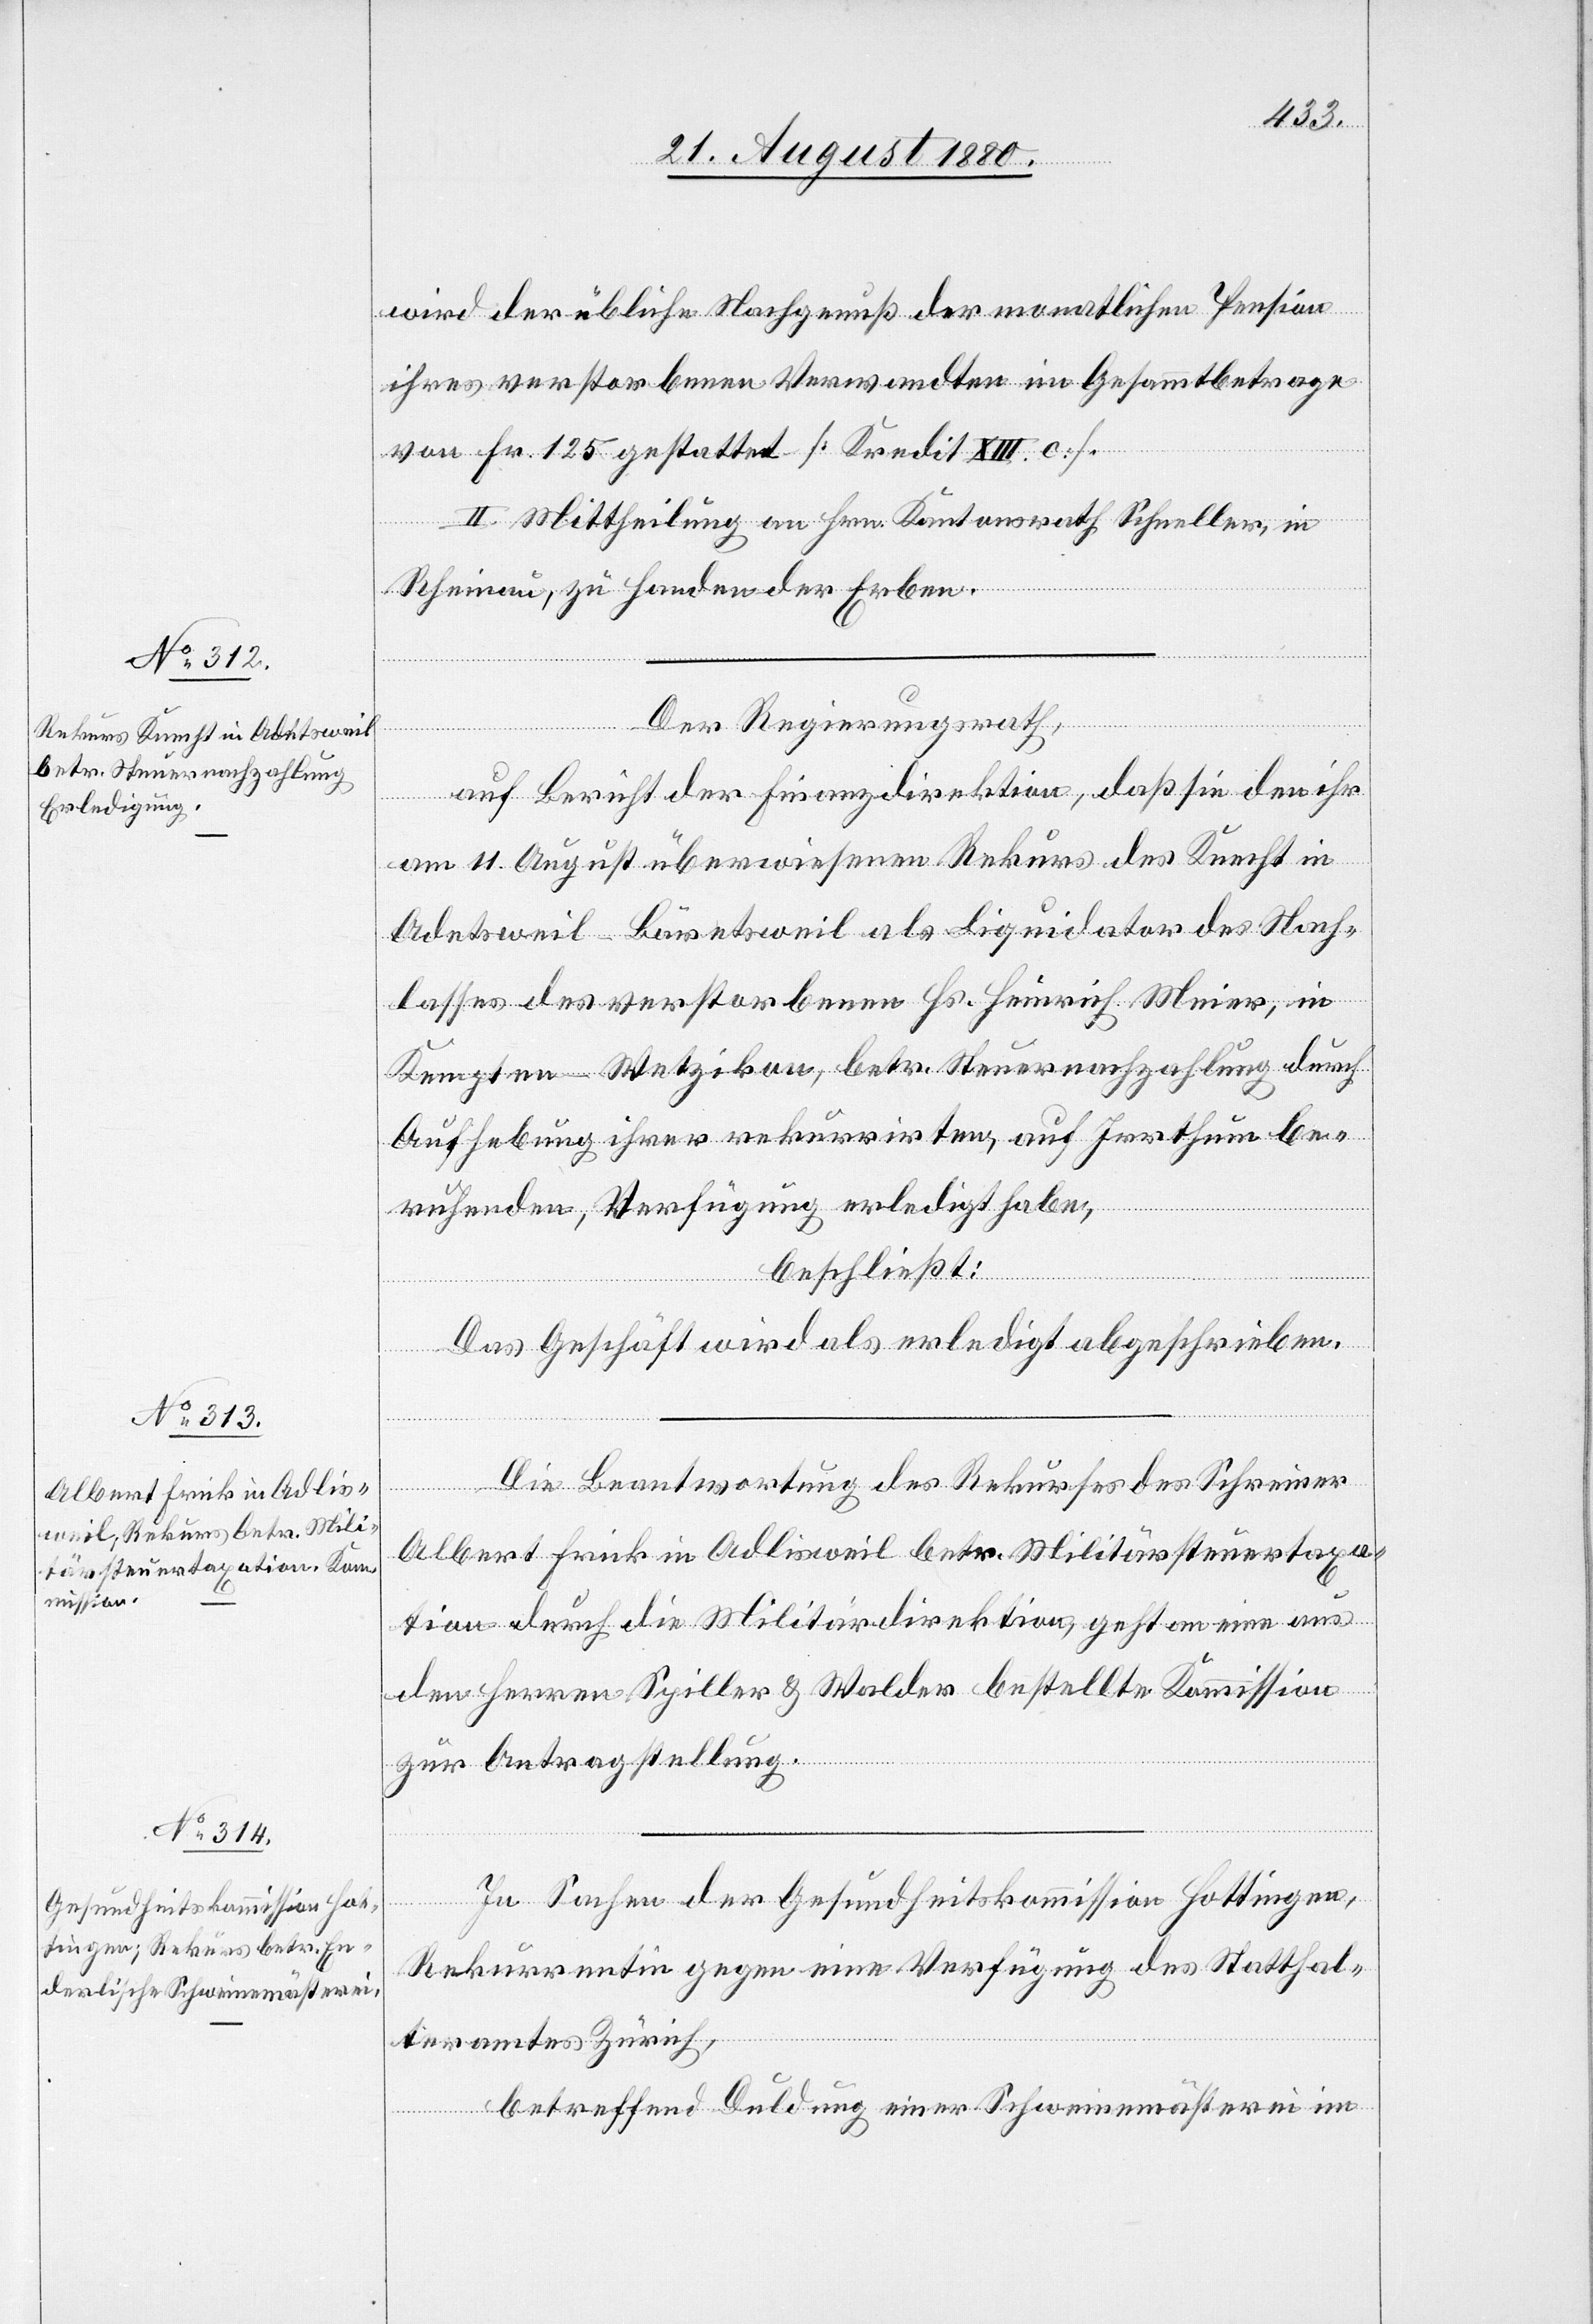
wird der übliche Nachgenuß der monatlichen Pension
ihres verstorbenen Verwandten im Gesammtbetrage
von Fr. 125 gestattet. [Kredit XIII. c.]
II. Mittheilung an Hrn. Kantonsrath Schneller, in
Rheinau, zu Handen der Erben.
Der Regierungsrath,
auf Bericht der Finanzdirektion, daß sie den ihr
am 11. August überwiesenen Rekurs des Knecht in
Adetsweil - Bäretsweil als Liquidator des Nach¬
lasses des verstorbenen Hs. Heinrich Meier, in
Kempten - Wetzikon, betr. Steuernachzahlung durch
Aufhebung ihrer rekurrirten, auf Irrthum be¬
ruhenden, Verfügung erledigt habe,
beschließt:
Das Geschäft wird als erledigt abgeschrieben.
Die Beantwortung des Rekurses des Schreiner
Albert Frick in Adlisweil betr. Militärsteuertaxa¬
tion durch die Militärdirektion, geht an eine aus
den Herren Spiller & Walder bestellte Kommission
zur Antragstellung.
In Sachen der Gesundheitskommission Hottingen,
Rekurrentin gegen eine Verfügung des Statthal¬
teramtes Zürich,
betreffend Duldung einer Schweinemästerei im